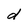
Character: d